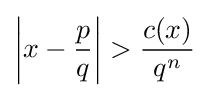
\left|x-{\frac {p}{q}}\right|>{\frac {c(x)}{q^{n}}}